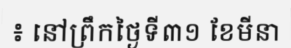
៖ នៅព្រឹកថ្ងៃទី៣១ ខែមីនា